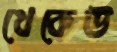
থেকেউ